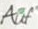
Auf